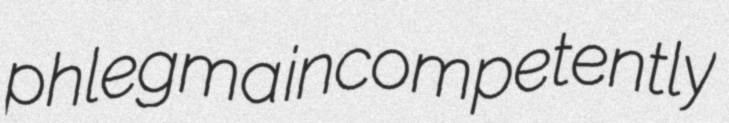
phlegma incompetently